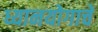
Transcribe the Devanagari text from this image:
ध्यानयोगाचे